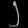
Digit: ၂